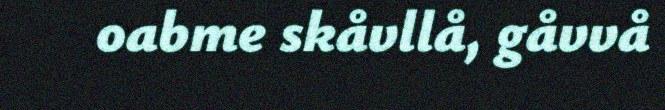
oabme skåvllå, gåvvå